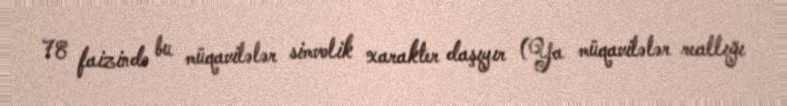
78 faizində bu müqavilələr simvolik xarakter daşıyır (Ya müqavilələr reallığı